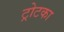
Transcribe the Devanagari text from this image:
ट्रोटका